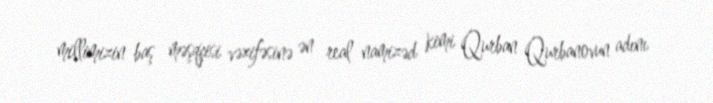
millimizin baş məşqçisi vəzifəsinə ən real namizəd kimi Qurban Qurbanovun adını